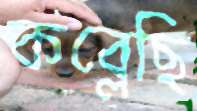
কব্‌লেছি